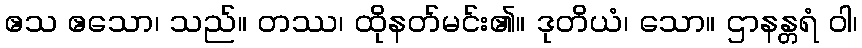
ဧသ ဧသော၊ သည်။ တဿ၊ ထိုနတ်မင်း၏။ ဒုတိယံ၊ သော။ ဌာနန္တရံ ဝါ၊